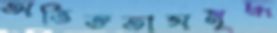
অভিজ্ঞতাসমৃদ্ধ